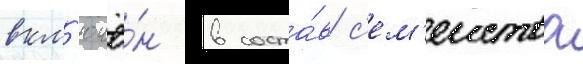
вкл'ючё́н в соста́в с'ем'еиства